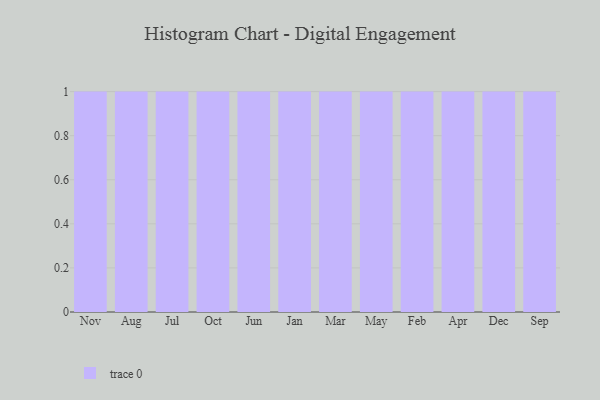
{"axis": {"x": "Month", "y": "Website Visitors"}, "legend": [""], "data": [{"x": "Nov", "y": 52, "type": ""}, {"x": "Aug", "y": 51, "type": ""}, {"x": "Jul", "y": 63, "type": ""}, {"x": "Oct", "y": 48, "type": ""}, {"x": "Jun", "y": 49, "type": ""}, {"x": "Jan", "y": 41, "type": ""}, {"x": "Mar", "y": 68, "type": ""}, {"x": "May", "y": 3, "type": ""}, {"x": "Feb", "y": 57, "type": ""}, {"x": "Apr", "y": 34, "type": ""}, {"x": "Dec", "y": 18, "type": ""}, {"x": "Sep", "y": 66, "type": ""}]}